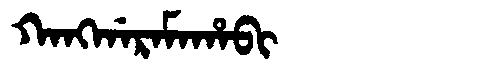
Manchu: ᡴᠠᠩᡤᠠᡵᠠᠮᠠᡥᠠᠪᡳ
Romanization: KANGGARAMAHABI